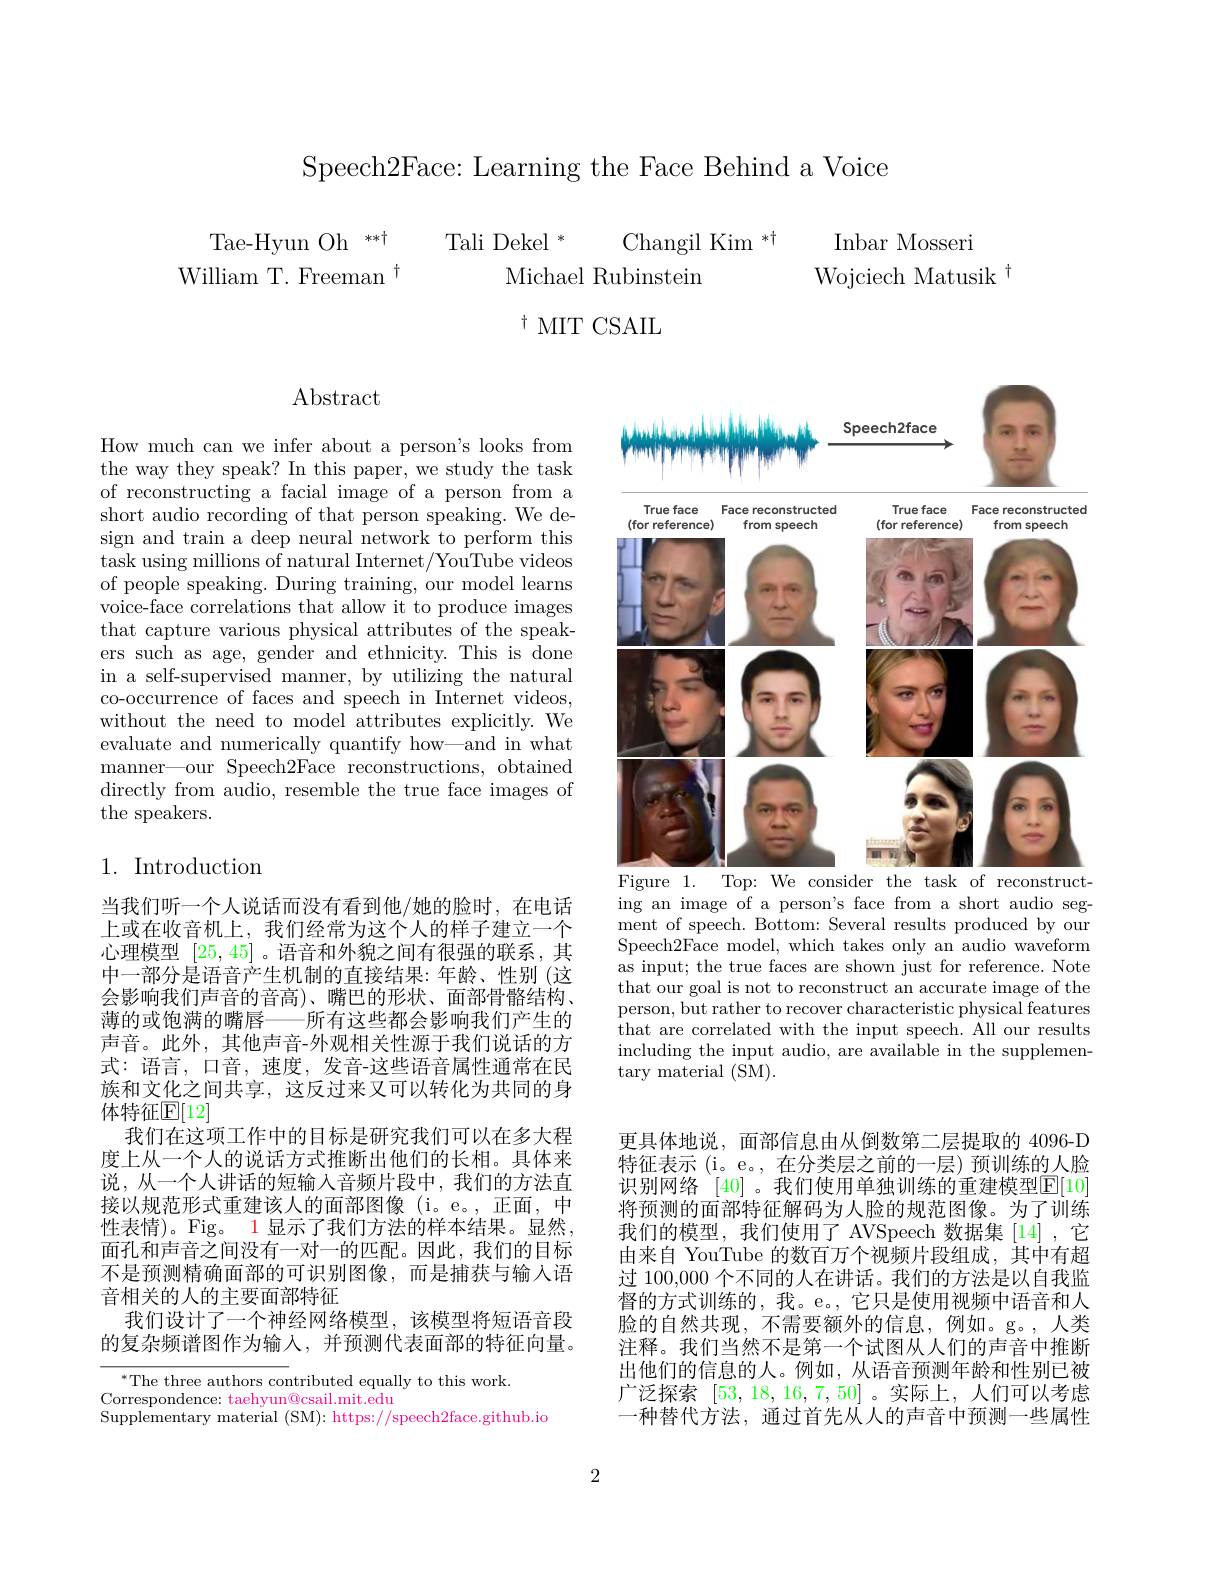
Speech2Face: Learning the Face Behind a Voice

Tali Dekel $^*$

Changil Kim $^*\dagger$

Tae-Hyun Oh **+ William T. Freeman $^{\dagger}$

Inbar Mosseri

Wojciech Matusik $^{\dagger}$

Michael Rubinstein

$^{\dagger}$MIT CSAIL

Abstract

How much can we infer about a person's looks from the way they speak? In this paper, we study the task of reconstructing a facial image of a person from a short audio recording of that person speaking. We design and train a deep neural network to perform this task using millions of natural Internet/YouTube videos of people speaking. During training, our model learns voice-face correlations that allow it to produce images that capture various physical attributes of the speakers such as age, gender and ethnicity. This is done in a self-supervised manner, by utilizing the natural co-occurrence of faces and speech in Internet videos, without the need to model attributes explicitly. We evaluate and numerically quantify how—and in what manner—our Speech2Face reconstructions, obtained directly from audio, resemble the true face images of the speakers.

## 1. Introduction

当我们听一个人说话而没有看到他/她的脸时，在电话上或在收音机上，我们经常为这个人的样子建立一个心理模型[25,45] 。语音和外貌之间有很强的联系，其中一部分是语音产生机制的直接结果：年龄、性别(这会影响我们声音的音高)、嘴巴的形状、面部骨骼结构、 薄的或饱满的嘴唇——所有这些都会影响我们产生的声音。此外，其他声音-外观相关性源于我们说话的方式：语言，口音，速度，发音-这些语音属性通常在民族和文化之间共享，这反过来又可以转化为共同的身体特征$\mathbb{F}[12]$
我们在这项工作中的目标是研究我们可以在多大程度上从一个人的说话方式推断出他们的长相。具体来说，从一个人讲话的短输入音频片段中，我们的方法直接以规范形式重建该人的面部图像(i。e。,正面，中性表情)。Fig。1 显示了我们方法的样本结果。显然， 面孔和声音之间没有一对一的匹配。因此，我们的目标不是预测精确面部的可识别图像，而是捕获与输人语音相关的人的主要面部特征
我们设计了一个神经网络模型，该模型将短语音段的复杂频谱图作为输入，并预测代表面部的特征向量。

$^{*}$The three authors contributed equally to this work.
Correspondence: taehyun@csail.mit.edu
$\dot{\text{Supplementary material }}($SM):https://speech2face.github.io

<FigureHere>
Figure 1. Top: We consider the task of reconstruct-

ing an image of a person's face from a short audio segment of speech. Bottom: Several results produced by our Speech2Face model, which takes only an audio waveform as input; the true faces are shown just for reference. Note that our goal is not to reconstruct an accurate image of the person, but rather to recover characteristic physical features that are correlated with the input speech. All our results including the input audio, are available in the supplementary material (SM).

更具体地说，面部信息由从倒数第二层提取的 4096-D 特征表示 (i。e。,在分类层之前的一层)预训练的人脸识别网络 [40] 。我们使用单独训练的重建模型$\mathbb{E}[10]$ 将预测的面部特征解码为人脸的规范图像。为了训练我们的模型，我们使用了 AVSpeech 数据集 [14] ,它由来自 YouTube 的数百万个视频片段组成，其中有超过 100,000 个不同的人在讲话。我们的方法是以自我监督的方式训练的，我。e。,它只是使用视频中语音和人脸的自然共现，不需要额外的信息，例如。g。,人类注释。我们当然不是第一个试图从人们的声音中推断出他们的信息的人。例如，从语音预测年龄和性别已被广泛探索[53,18,16,7,50]。实际上，人们可以考虑一种替代方法，通过首先从人的声音中预测一些属性

2